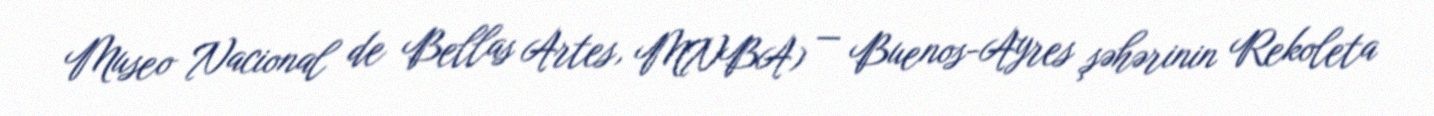
Museo Nacional de Bellas Artes, MNBA) — Buenos-Ayres şəhərinin Rekoleta